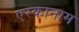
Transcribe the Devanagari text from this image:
एरकानाम